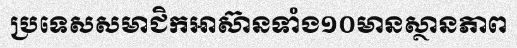
ប្រទេសសមាជិកអាស៊ានទាំង១០មានស្ថានភាព